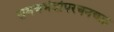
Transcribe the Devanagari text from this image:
समचभेदोपरचनचक्र